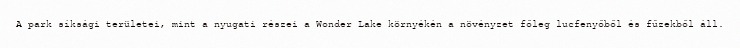
A park síksági területei, mint a nyugati részei a Wonder Lake környékén a növényzet főleg lucfenyőből és fűzekből áll.